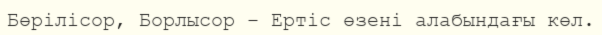
Бөрілісор, Борлысор – Ертіс өзені алабындағы көл.